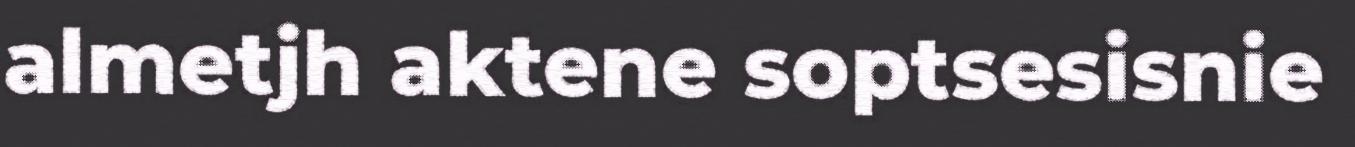
almetjh aktene soptsesisnie